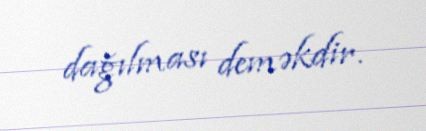
dağılması deməkdir.